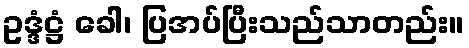
ဥဒ္ဒံဋ္ဌံ ခေါ၊ ပြအပ်ပြီးသည်သာတည်း။